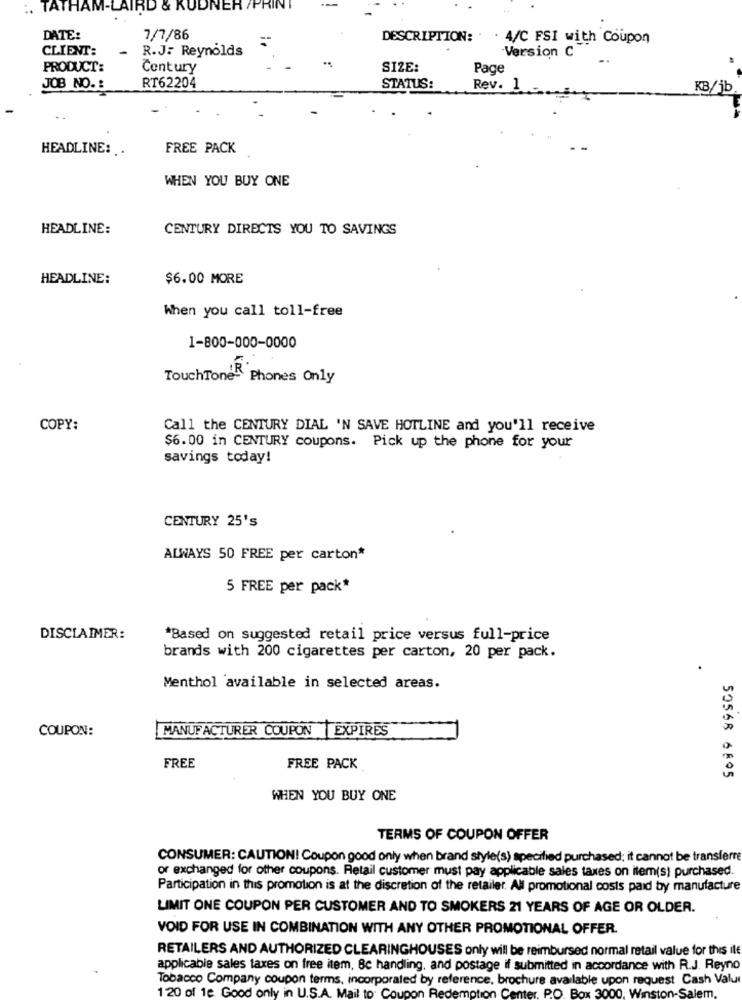
:. TATHAM-LAIRD & KUDNER /PRINT
DATE:
7/7/86
DESCRIPTION: . . 4/C FSI with Coupon
CLIENT:
-
R.J. Reynolds
Version C
PRODUCT:
Century
SIZE:
Page
JOB NO. :
RT62204
STATUS:
Rev. 1
KB/jb
HEADLINE: ..
FREE PACK
WHEN YOU BUY ONE
HEADLINE:
CENTURY DIRECTS YOU TO SAVINGS
HEADLINE:
$6.00 MORE
When you call toll-free
1-800-000-0000
TouchTone Phones Only
COPY:
Call the CENTURY DIAL 'N SAVE HOTLINE and you'll receive
$6.00 in CENTURY coupons. Pick up the phone for your
savings today!
CENTURY 25's
ALWAYS 50 FREE per carton*
5 FREE per pack*
DISCLAIMER:
*Based on suggested retail price versus full-price
brands with 200 cigarettes per carton, 20 per pack.
Menthol available in selected areas.
COUPON:
MANUFACTURER COUPON EXPIRES
FREE
FREE PACK
50568 6805
WHEN YOU BUY ONE
TERMS OF COUPON OFFER
CONSUMER: CAUTION! Coupon good only when brand style(s) specified purchased; it cannot be transferre
or exchanged for other coupons. Retail customer must pay applicable sales taxes on item(s) purchased.
Participation in this promotion is at the discretion of the retailer. All promotional costs paid by manufacture
LIMIT ONE COUPON PER CUSTOMER AND TO SMOKERS 21 YEARS OF AGE OR OLDER.
VOID FOR USE IN COMBINATION WITH ANY OTHER PROMOTIONAL OFFER.
RETAILERS AND AUTHORIZED CLEARINGHOUSES only will be reimbursed normal retail value for this ile
applicable sales taxes on free item, Bc handling, and postage if submitted in accordance with R.J. Reyno
Tobacco Company coupon terms, incorporated by reference, brochure available upon request Cash Valu
120 of 1e Good only in U.
PO. Box 3000. Winston